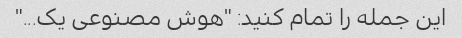
این جمله را تمام کنید: "هوش مصنوعی یک..."